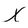
Character: X